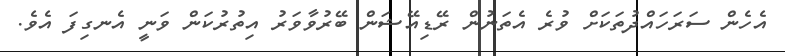
އެހެން ސަރަހައްދުތަކަށް ވުރެ އެތަނުން ރޭޑިއޭޝަން ބޭރުވާވަރު އިތުރުކަން ވަނީ އެނގިފަ އެވެ.